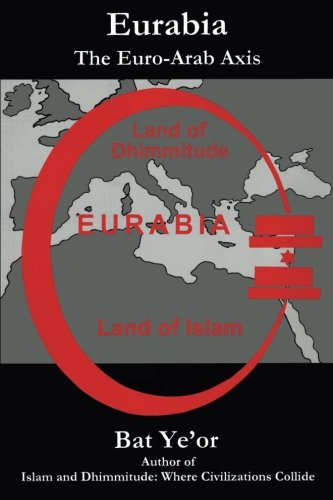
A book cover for Eurabia: The Euro-Arab Axis; Bat Ye'or; Religion & Spirituality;